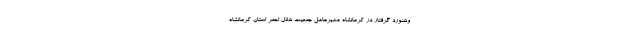
وهنورد گرفتار در کرمانشاه مدیرعامل جمعیت هلال احمر استان کرمانشاه